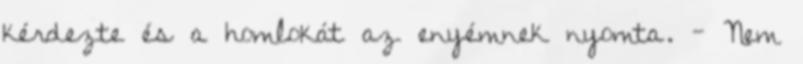
kérdezte és a homlokát az enyémnek nyomta. - Nem